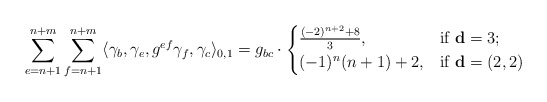
\begin{align*}\sum_{e=n+1}^{n+m}\sum_{f=n+1}^{n+m}\langle \gamma_b, \gamma_e, g^{ef}\gamma_f,\gamma_c\rangle_{0,1}=g_{bc}\cdot\begin{cases}\frac{(-2)^{n+2}+8}{3},& \mbox{if}\ \mathbf{d}=3;\\ (-1)^n(n+1)+2, & \mbox{if}\ \mathbf{d}=(2,2)\end{cases}\end{align*}